Annual report on the Civil Veterinary Department, Burma (including the Insein Veterinary School) - 1923-1931
Year: 1923
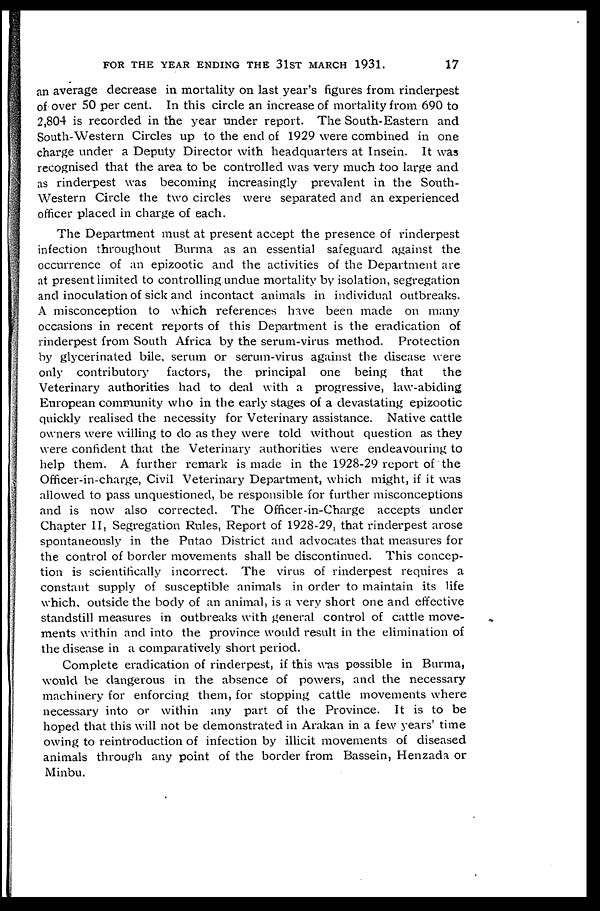
FOR THE YEAR ENDING THE 31ST MARCH 1931.
17
an average decrease in mortality on last year's figures from rinderpest
of over 50 per cent. In this circle an increase of mortality from 690 to
2,804 is recorded in the year under report. The South-Eastern and
South-Western Circles up to the end of 1929 were combined in one
charge under a Deputy Director with headquarters at Insein. It was
recognised that the area to be controlled was very much too large and
as rinderpest was becoming increasingly prevalent in the South-
western Circle the two circles were separated and an experienced
officer placed in charge of each.
The Department must at present accept the presence of rinderpest
infection throughout Burma as an essential safeguard against the
occurrence of an epizootic and the activities of the Department are
at present limited to controlling undue mortality by isolation, segregation
and inoculation of sick and incontact animals in individual outbreaks.
A misconception to which references have been made on many
occasions in recent reports of this Department is the eradication of
rinderpest from South Africa by the serum-virus method. Protection
by glycerinated bile, serum or serum-virus against the disease were
only contributory factors, the principal one being that
the
Veterinary authorities had to deal with a progressive, law-abiding
European community who in the early stages of a devastating epizootic
quickly realised the necessity for Veterinary assistance. Native cattle
owners were willing to do as they were told without question as they
were confident that the Veterinary authorities were endeavouring to
help them. A further remark is made in the 1928-29 report of the
Officer-in-charge, Civil Veterinary Department, which might, if it was
allowed to pass unquestioned, be responsible for further misconceptions
and is now also corrected. The Officer-in-Charge accepts under
Chapter II, Segregation Rules, Report of 1928-29, that rinderpest arose
spontaneously in the Putao District and advocates that measures for
the control of border movements shall be discontinued. This concep-
tion is scientifically incorrect. The virus of rinderpest requires a
constant supply of susceptible animals in order to maintain its life
which, outside the body of an animal, is a very short one and effective
standstill measures in outbreaks with general control of cattle move-
ments within and into the province would result in the elimination of
the disease in a comparatively short period.
Complete eradication of rinderpest, if this was possible in Burma,
would be dangerous in the absence of powers, and the necessary
machinery for enforcing them, for stopping cattle movements where
necessary into or within any part of the Province. It is to be
hoped that this will not be demonstrated in Arakan in a few years' time
owing to reintroduction of infection by illicit movements of diseased
animals through any point of the border from Bassein, Henzada or
Minbu.